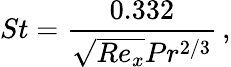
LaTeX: St=\frac{0.332}{\sqrt{Re_{x}}Pr^{2/3}}\, ,